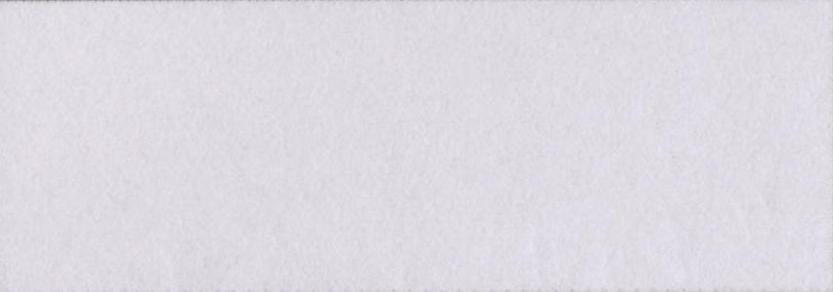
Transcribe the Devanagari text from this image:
पुरातत्व